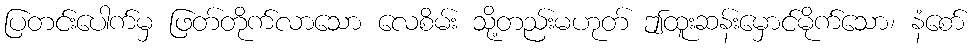
ပြတင်းပေါက်မှ ဖြတ်တိုက်လာသော လေစိမ်း သို့တည်းမဟုတ် ဤထူးဆန်းမှောင်မိုက်သော၊ နံစော်